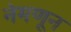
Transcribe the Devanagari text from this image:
नेमणून